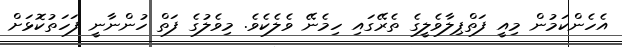
އެހެންކަމުން މިއީ ފަތްޕިލާވެލީގެ ތެރޭގައި ހިމެނޭ ވެލެކެވެ. މިވެލުގެ ފަތް ހުންނާނީ ފަހަތުކޮޅަށް